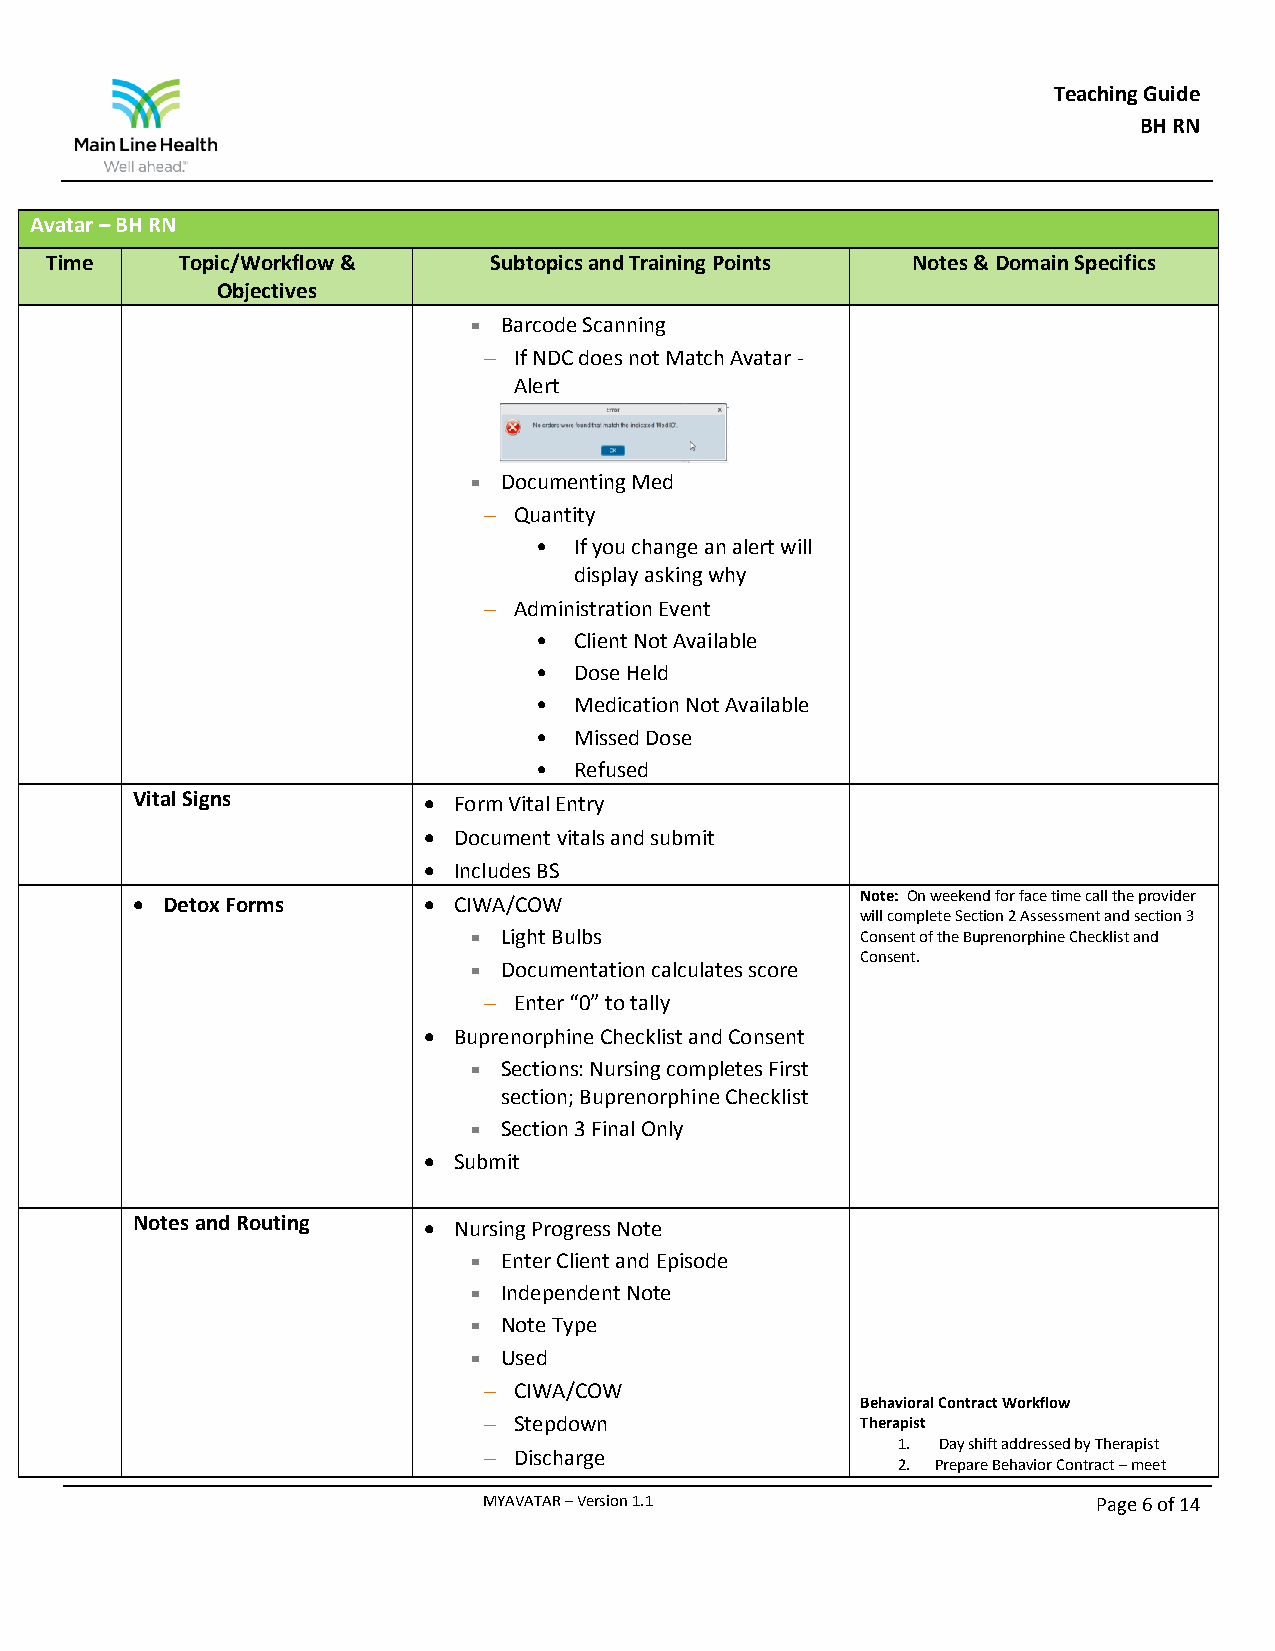
Teaching Guide
 BH RN
 Avatar – BH RN
 Time     Topic/Workflow &    Subtopics and Training Points Notes & Domain Specifics
 Objectives
  Barcode Scanning
  If NDC does not Match Avatar -
 Alert
  Documenting Med
  Quantity
 • If you change an alert will
 display asking why
  Administration Event
 • Client Not Available
 • Dose Held
 • Medication Not Available
 • Missed Dose
 • Refused
 Vital Signs         Form Vital Entry
  Document vitals and submit
  Includes BS
  Detox Forms       CIWA/COW                   Note: On weekend for face time call the provider
 will complete Section 2 Assessment and section 3
  Light Bulbs             Consent of the Buprenorphine Checklist and
 Consent.
  Documentation calculates score
  Enter “0” to tally
  Buprenorphine Checklist and Consent
  Sections: Nursing completes First
 section; Buprenorphine Checklist
  Section 3 Final Only
  Submit
 Notes and Routing   Nursing Progress Note
  Enter Client and Episode
  Independent Note
  Note Type
  Used
  CIWA/COW
 Behavioral Contract Workflow
  Stepdown               Therapist
 1. Day shift addressed by Therapist
  Discharge
 2. Prepare Behavior Contract – meet
 MYAVATAR – Version 1.1                   Page 6 of 14